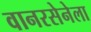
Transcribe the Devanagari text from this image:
वानरसेनेला